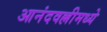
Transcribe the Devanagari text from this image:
आनंदवल्लीमध्ये